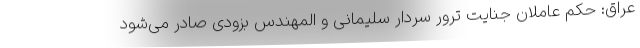
عراق: حکم عاملان جنایت ترور سردار سلیمانی و المهندس بزودی صادر می‌شود